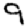
Digit: 9